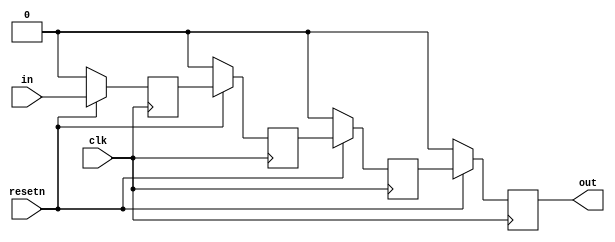
module top_module (
    input clk,
    input resetn,   // synchronous reset
    input in,
    output out);

    reg q1, q2, q3;
    always @(posedge clk) begin
        if(~resetn) begin
            q1 <= 0;
            q2 <= 0;
            q3 <= 0;
            out <= 0;
        end else begin
            q1 <= in;
            q2 <= q1;
            q3 <= q2;
            out <= q3;
        end
    end
    
endmodule